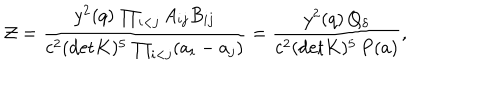
LaTeX: { \cal Z } = { \frac { y ^ { 2 } ( q ) \, \prod _ { i < j } A _ { i j } B _ { i j } } { c ^ { 2 } ( \mathrm { d e t } K ) ^ { 5 } \, \prod _ { i < j } ( a _ { i } - a _ { j } ) } } = { \frac { y ^ { 2 } ( q ) \, Q _ { \delta } } { c ^ { 2 } ( \mathrm { d e t } K ) ^ { 5 } \, P ( a ) } } ,